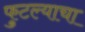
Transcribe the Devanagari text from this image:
फुटल्याचा